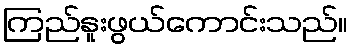
ကြည်နူးဖွယ်ကောင်းသည်။